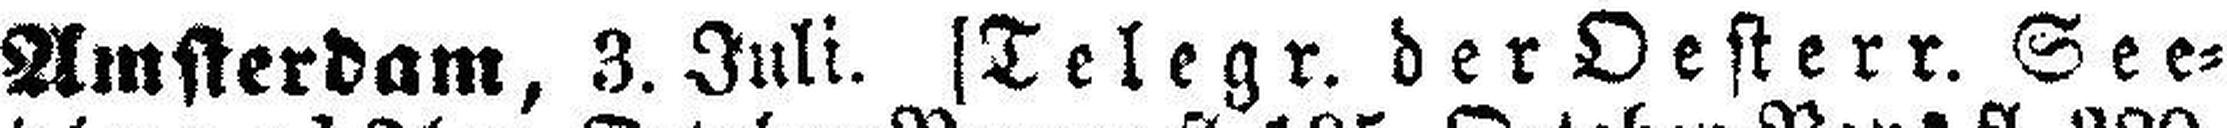
Amsterdam, 3. Juli. [Telegr. der Oesterr. See¬